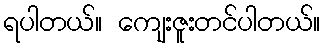
ရပါတယ်။ ကျေးဇူးတင်ပါတယ်။